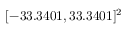
[ - 3 3 . 3 4 0 1 , 3 3 . 3 4 0 1 ] ^ { 2 }